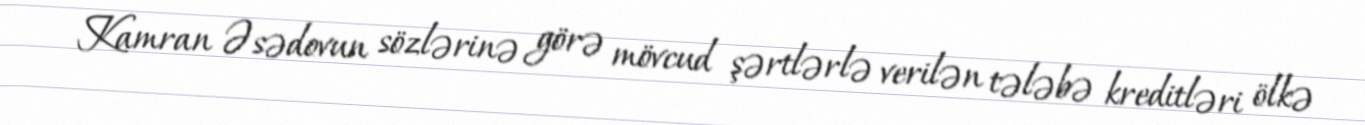
Kamran Əsədovun sözlərinə görə mövcud şərtlərlə verilən tələbə kreditləri ölkə